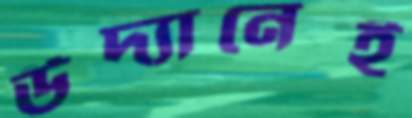
উদ্যানেই